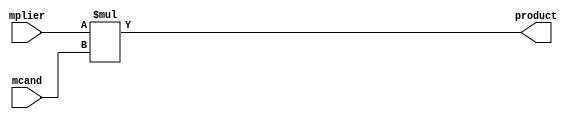
module combinational_multiplier_16x16
  (input  [15:0] mplier,
   input  [15:0] mcand,
   output [31:0] product);
  wire [31:0] n1_o;
  wire [31:0] n2_o;
  wire [31:0] n3_o;
  assign product = n3_o;
  /* src/combinational_multiplier_16x16.vhd:23:54  */
  assign n1_o = {16'b0, mplier};  //  uext
  /* src/combinational_multiplier_16x16.vhd:23:54  */
  assign n2_o = {16'b0, mcand};  //  uext
  /* src/combinational_multiplier_16x16.vhd:23:54  */
  assign n3_o = n1_o * n2_o; // umul
endmodule